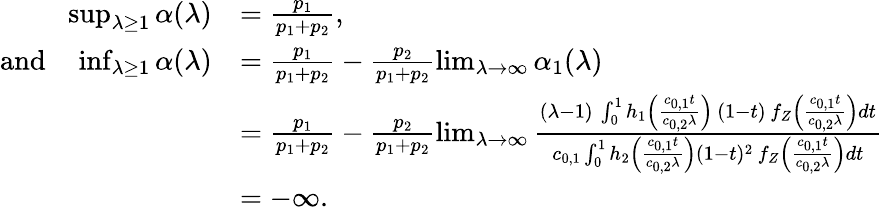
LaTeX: \begin{array}{rl}{\operatorname*{sup}_{\lambda\geq 1}\alpha(\lambda)}&{=\frac{p_{1}}{p_{1}+p_{2}},\ }\\ {\mathrm{and}\quad\operatorname*{inf}_{\lambda\geq 1}\alpha(\lambda)}&{=\frac{p_{1}}{p_{1}+p_{2}}-\frac{p_{2}}{p_{1}+p_{2}}\operatorname*{lim}_{\lambda\to\infty}\alpha_{1}(\lambda)}\\ &{=\frac{p_{1}}{p_{1}+p_{2}}-\frac{p_{2}}{p_{1}+p_{2}}\operatorname*{lim}_{\lambda\to\infty}\frac{(\lambda-1)\, \int_{0}^{1}h_{1}\left(\frac{c_{0,1}t}{c_{0,2}\lambda}\right)\, (1-t)\, f_{Z}\left(\frac{c_{0,1}t}{c_{0,2}\lambda}\right)dt}{c_{0,1}\int_{0}^{1}h_{2}\left(\frac{c_{0,1}t}{c_{0,2}\lambda}\right)(1-t)^{2}\, f_{Z}\left(\frac{c_{0,1}t}{c_{0,2}\lambda}\right)dt}}\\ &{=-\infty.}\end{array}